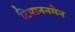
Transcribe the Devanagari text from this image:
टियाननमेन